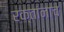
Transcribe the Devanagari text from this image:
रक्‍तांनाच